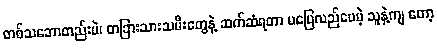
တစ်သဘောတည်းပဲ၊ တခြားသားသမီးတွေနဲ့ ဆက်ဆံရတာ မပြေလည်ပေမဲ့ သူနဲ့ကျ တော့